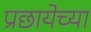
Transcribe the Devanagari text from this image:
प्रछायेच्या